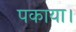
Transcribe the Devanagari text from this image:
पकाया।